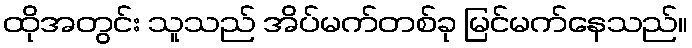
ထိုအတွင်း သူသည် အိပ်မက်တစ်ခု မြင်မက်နေသည်။